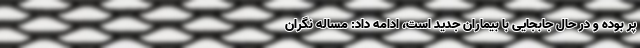
پر بوده و در حال جابجایی با بیماران جدید است، ادامه داد: مساله نگران